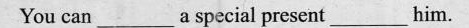
You can_____a special present___him。